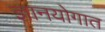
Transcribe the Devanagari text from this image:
ज्ञानयोगात